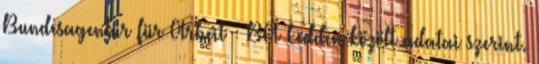
Bundesagentur für Arbeit – BA kedden közölt adatai szerint.